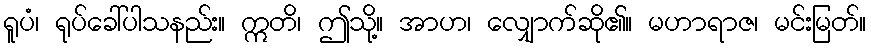
ရူပံ၊ ရုပ်ခေါ်ပါသနည်း။ ဣတိ၊ ဤသို့။ အာဟ၊ လျှောက်ဆို၏။ မဟာရာဇ၊ မင်းမြတ်။